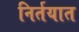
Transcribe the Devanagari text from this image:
निर्तयात